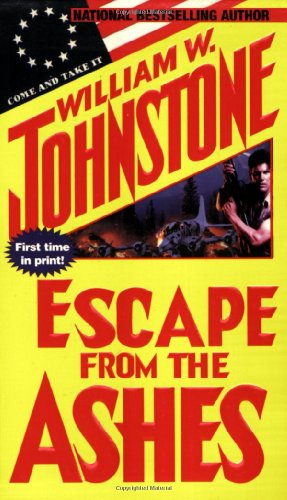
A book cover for Escape From The Ashes; William W. Johnstone; Literature & Fiction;